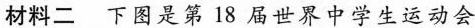
材料二 下图是第18届世界中学生运动会